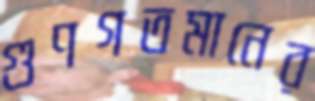
গুণগতমানের